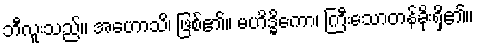
ဘီလူးသည်။ အဟောသိ၊ ဖြစ်၏။ မဟိဒ္ဓိကော၊ ကြီးသောတန်ခိုးရှိ၏။